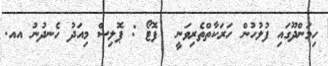
ހިމަންދޫގައި ފުލުހުން ހަރަކާތްތެރިވަނީ  ފޮޓޯ : ޕޮލިސް މިއަދު ހެނދުނު އއ.